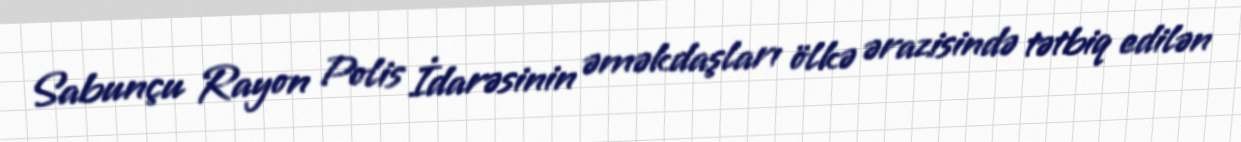
Sabunçu Rayon Polis İdarəsinin əməkdaşları ölkə ərazisində tətbiq edilən